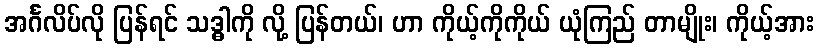
အင်္ဂလိပ်လို ပြန်ရင် သဒ္ဓါကို လို့ ပြန်တယ်၊ ဟာ ကိုယ့်ကိုကိုယ် ယုံကြည် တာမျိုး၊ ကိုယ့်အား